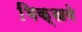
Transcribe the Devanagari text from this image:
भिक्खवे